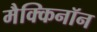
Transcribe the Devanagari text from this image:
मैक्किनॉन